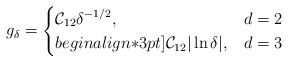
\begin{align*} g_\delta=\begin{cases}\displaystyle \mathcal{C}_{12}\delta^{-1/2}, & d=2\\begin{align*}3pt]\displaystyle \mathcal{C}_{12} |\ln \delta|, & d=3\end{cases}\end{align*}